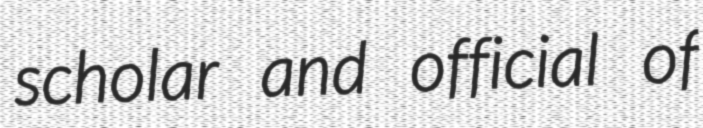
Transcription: scholar and official of